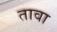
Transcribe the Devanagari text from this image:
तावा